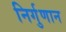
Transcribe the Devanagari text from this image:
निर्गुणान